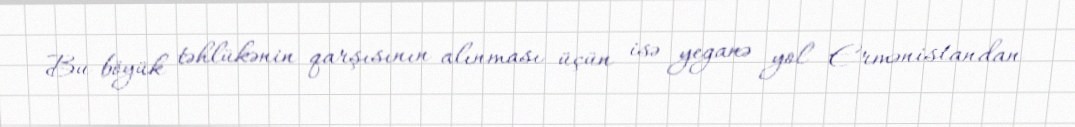
Bu böyük təhlükənin qarşısının alınması üçün isə yeganə yol Ermənistandan